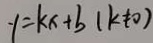
y = k x + b ( k \neq 0 )